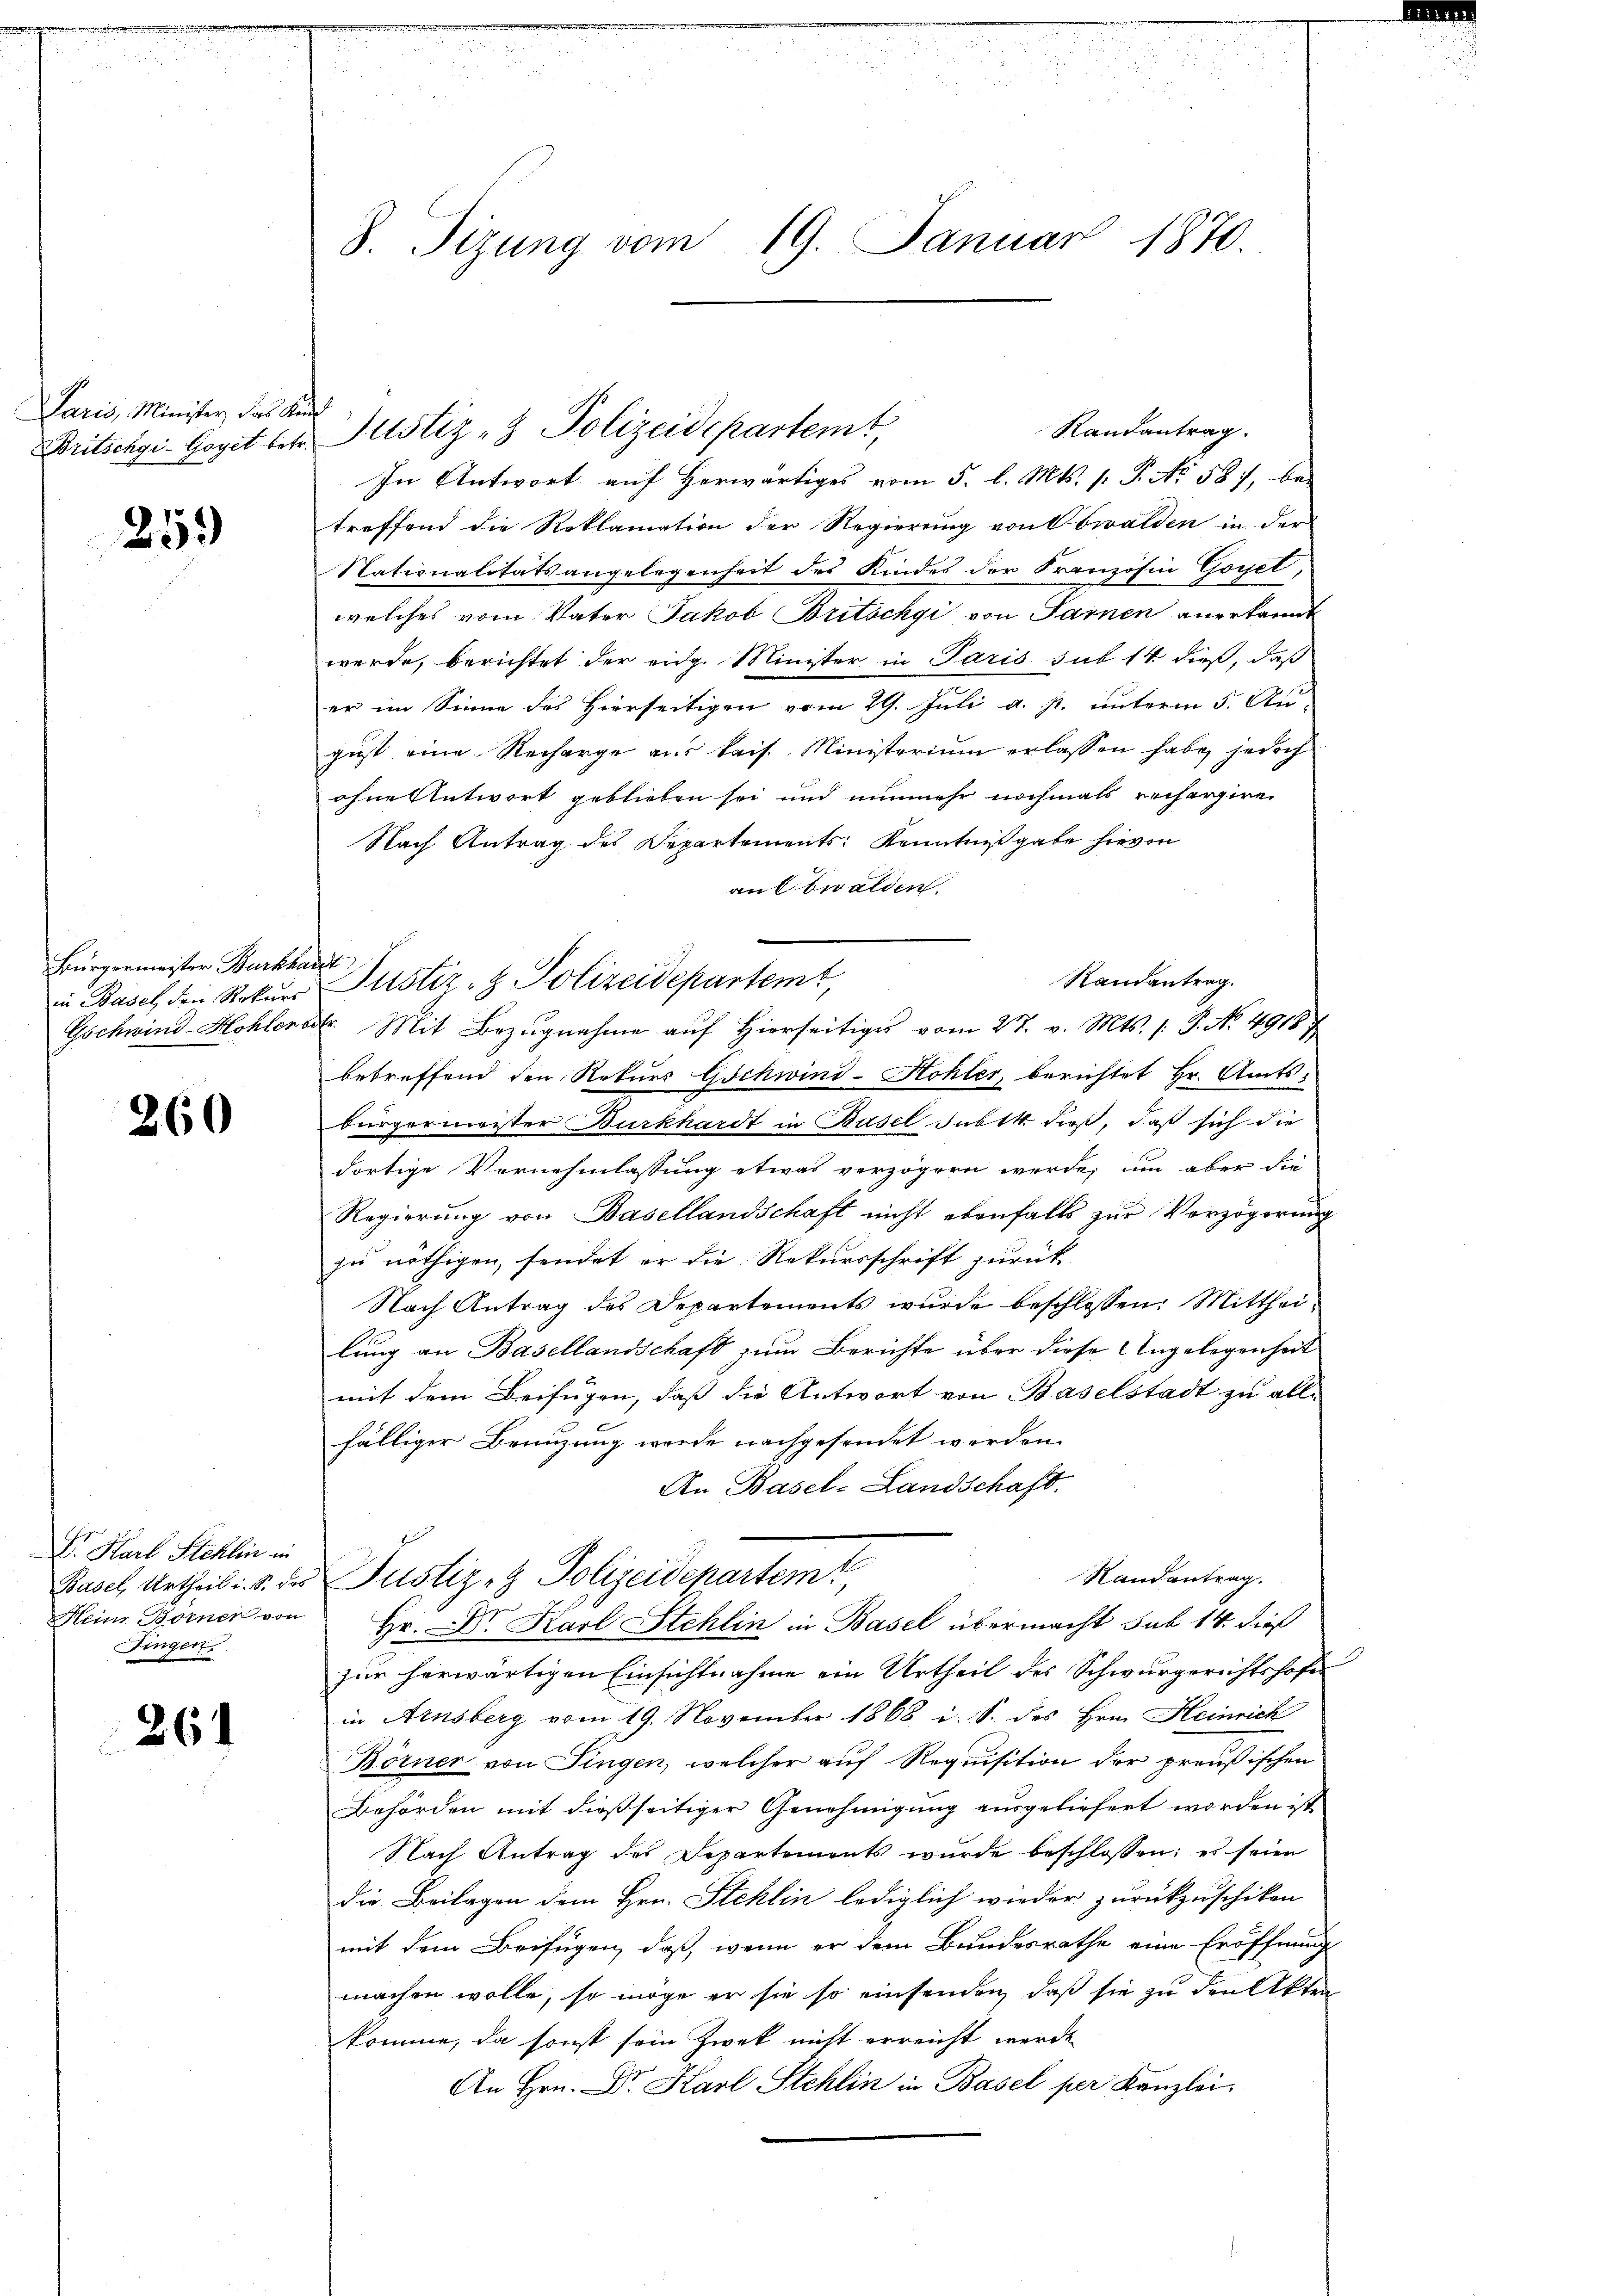
Paris, Minister, das Kn
Britschgi-Goyet betr.

259

Bürgermeister Burkha
Gschwind-Hohler

260

V. Karl Stehlin in
Heinr Börner von
Fingen

261

S. Tizung vom 19. Januar 1870.

f
Randantrag.
In Antwort auf herwärtiges vom 5. l. Mts. 1. P. No 587, bei
treffend die Reklamation der Regierŭng von Obwalden in der
Nationalitätsangelegenheit des Kindes der Französin Goyel,
welches vom Vater Jakob Britschgi von Sarnen anerkannt
werde, berichtet der eidg. Minister in Paris sub 14 dieß, daß
er im Sinne des Hierseitigen vom 29. Juli a. p. unterm 5. Au-
gust eine Recharge aus kais. Ministerium erlassen habe, jedoch
ohne Antwort geblieben sei und nunmehr nochmals rechargiren
Nach Antrag des Departements Kenntnißgabe hievon
an Obwalden.
Randantrag.
dr. Mit Bezŭgnahme aŭf hierseitiges vom 27. v. Mts. 1. P. No. 49187
betreffend den Rekurs Gschwind-Hohler berichtet Hr. Amtsbürgermeister Burkhardt in Basel subst dieß, daß sich die
dortige Vernehmlassung etwas verzögern werde, um aber die
Regierung von Basellandschaft nicht ebenfalls zur Verzögerung
zu nöthigen, sendet er die Rekursschrift zurück
Nach Antrag des Departements wurde beschlossen: Mittheilung an Basellandschaft zum Berichte über diese Angelegenheit
mit dem Beifügen, daß die Antwort von Baselstadt zu all-
fälliger Branzung werde nachgesendet werden.
An Basel-Landschaft.
Randantrag.
Basel, Urtheil i. S. des Pustiz- & Polizeidepartem
Hr. Dr. Karl Stehlin in Basel übermacht sub 14. dieß
zur herwärtigen Einsichtnahme ein Urtheil des Schwurgerichtshofe
in Arnsberg vom 19. November 1868 i. S. des Hrn. Heinrich
Börner von Singen, welcher auf Requisition der preußischen
Behörden mit dießseitiger Genehmigung ausgeliefert worden ist,
Nach Antrag des Departements wurde beschlossen; es seien
die Beilagen dem Hrn. Stehlin lediglich wieder zurückzuschiken
mit dem Beifügen, daß, wenn er dem Bundesrathe eine Eröffnung
machen wolle, so möge er sie so einsenden, daß sie zu den Akten
komme, da sonst sein Zwek nicht erreicht werde
An Hrn. Dr. Karl Stehlin in Basel per Kanzlei

Justiz- & Polizeidepartemt

.
in Basel, den Rekurs Pustiz- & Polizeidepartem,